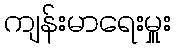
ကျန်းမာရေးမှူး